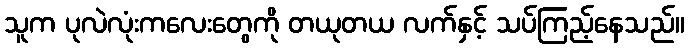
သူက ပုလဲလုံးကလေးတွေကို တယုတယ လက်နှင့် သပ်ကြည့်နေသည်။